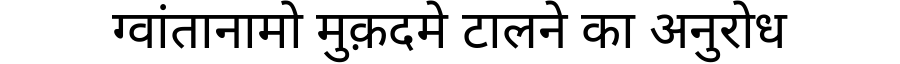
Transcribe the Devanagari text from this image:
ग्वांतानामो मुक़दमे टालने का अनुरोध